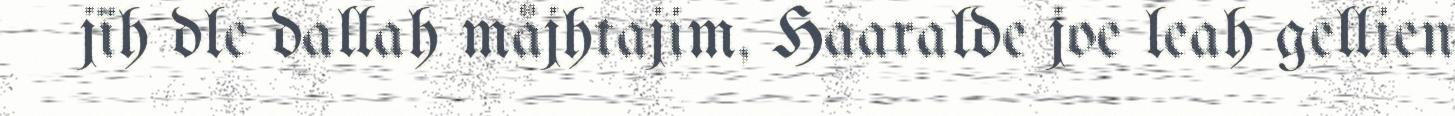
jïh dle dallah måjhtajim, Haaralde joe leah gellien